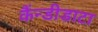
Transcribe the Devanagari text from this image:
कैंन्डीडाटा